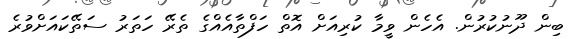
ބިން ދޫނުކުރުން. އެހެން ވީމާ ކުރިއަށް އޮތް ހަފްތާއެއްގެ ތެރޭ ހަތަރު ސަތޭކައަށްވުރެ